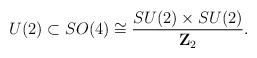
\begin{align*}U(2)\subset SO(4)\cong {SU(2)\times SU(2)\over {\bf Z}_2}.\end{align*}